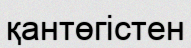
қантөгістен